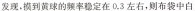
发现，摸到黄球的频率稳定在 0.3 左右，则布袋中白